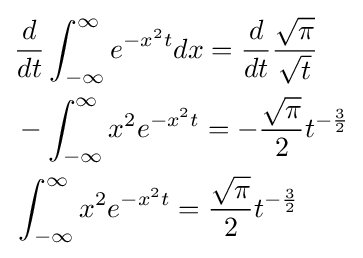
{\begin{aligned}&{\frac {d}{dt}}\int _{-\infty }^{\infty }e^{-x^{2}t}dx={\frac {d}{dt}}{\frac {\sqrt {\pi }}{\sqrt {t}}}\\&-\int _{-\infty }^{\infty }x^{2}e^{-x^{2}t}=-{\frac {\sqrt {\pi }}{2}}t^{-{\frac {3}{2}}}\\&\int _{-\infty }^{\infty }x^{2}e^{-x^{2}t}={\frac {\sqrt {\pi }}{2}}t^{-{\frac {3}{2}}}\end{aligned}}